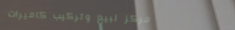
مركز لبيع وتركيب كاميرات